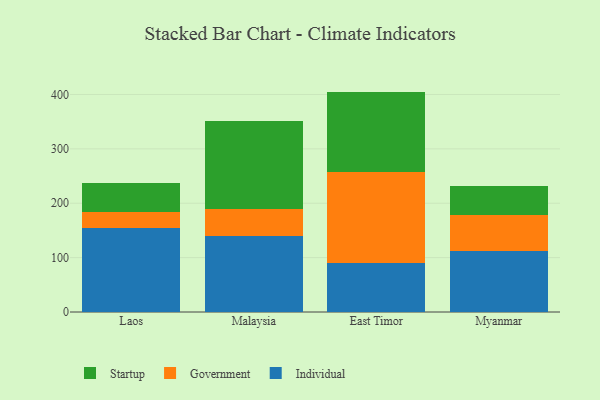
{"axis": {"x": "Country", "y": "Production Output"}, "legend": ["Government", "Individual", "Startup"], "data": [{"x": "Laos", "y": 154.6, "type": "Individual"}, {"x": "Laos", "y": 29.0, "type": "Government"}, {"x": "Laos", "y": 52.9, "type": "Startup"}, {"x": "Malaysia", "y": 140.0, "type": "Individual"}, {"x": "Malaysia", "y": 49.1, "type": "Government"}, {"x": "Malaysia", "y": 162.1, "type": "Startup"}, {"x": "East Timor", "y": 90.4, "type": "Individual"}, {"x": "East Timor", "y": 167.3, "type": "Government"}, {"x": "East Timor", "y": 147.6, "type": "Startup"}, {"x": "Myanmar", "y": 111.8, "type": "Individual"}, {"x": "Myanmar", "y": 67.2, "type": "Government"}, {"x": "Myanmar", "y": 52.9, "type": "Startup"}]}